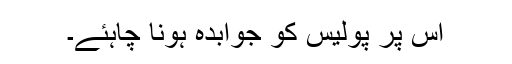
اس پر پولیس کو جوابدہ ہونا چاہئے۔